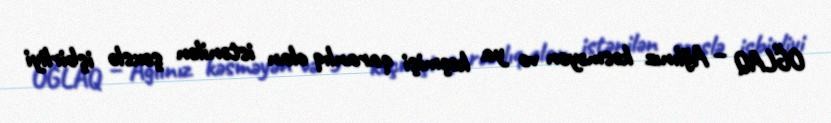
OĞLAQ – Ağlınız kəsməyən və ya keçmişi qaranlıq olan istənilən şəxslə işbirliyi